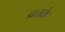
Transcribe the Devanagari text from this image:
व्रतके